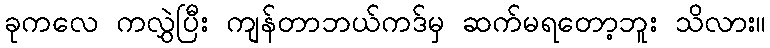
ခုကလေ ကလွှဲပြီး ကျန်တာဘယ်ကဒ်မှ ဆက်မရတော့ဘူး သိလား။